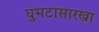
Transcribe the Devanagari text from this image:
घुमटासारखा